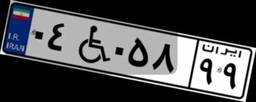
۳۸W۲۴۲۰۱